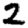
Digit: 2